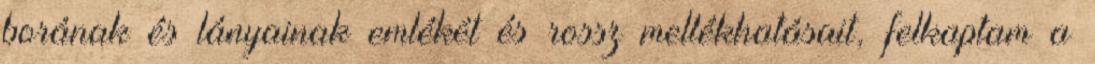
borának és lányainak emlékét és rossz mellékhatásait, felkaptam a